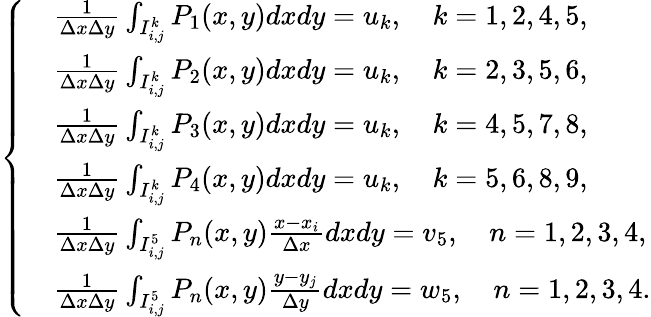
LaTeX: \begin{array}{r}{\left\{ \begin{array}{rl}&{\frac{1}{\Delta x\Delta y}\int_{I_{i,j}^{k}}P_{1}(x,y)dxdy=u_{k},\quad k=1,2,4,5,}\\ &{\frac{1}{\Delta x\Delta y}\int_{I_{i,j}^{k}}P_{2}(x,y)dxdy=u_{k},\quad k=2,3,5,6,}\\ &{\frac{1}{\Delta x\Delta y}\int_{I_{i,j}^{k}}P_{3}(x,y)dxdy=u_{k},\quad k=4,5,7,8,}\\ &{\frac{1}{\Delta x\Delta y}\int_{I_{i,j}^{k}}P_{4}(x,y)dxdy=u_{k},\quad k=5,6,8,9,}\\ &{\frac{1}{\Delta x\Delta y}\int_{I_{i,j}^{5}}P_{n}(x,y)\frac{x-x_{i}}{\Delta x}dxdy=v_{5},\quad n=1,2,3,4,}\\ &{\frac{1}{\Delta x\Delta y}\int_{I_{i,j}^{5}}P_{n}(x,y)\frac{y-y_{j}}{\Delta y}dxdy=w_{5},\quad n=1,2,3,4.}\end{array}\right.}\end{array}